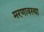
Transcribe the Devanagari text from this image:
मरणावस्था